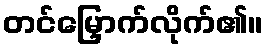
တင်မြှောက်လိုက်၏။